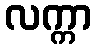
လက္ကာ